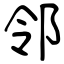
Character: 邻